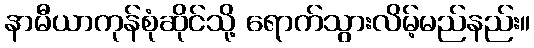
နာမီယာကုန်စုံဆိုင်သို့ ရောက်သွားလိမ့်မည်နည်း။